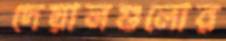
দেয়ালগুলোর